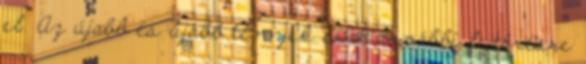
el. Az újabb és újabb tények csak további fejtörésre